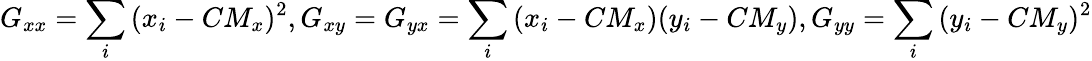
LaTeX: G_{xx}=\sum_{i}{(x_{i}-CM_{x})^{2}},G_{xy}=G_{yx}=\sum_{i}{(x_{i}-CM_{x})(y_{i}-CM_{y})},G_{yy}=\sum_{i}{(y_{i}-CM_{y})^{2}}